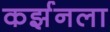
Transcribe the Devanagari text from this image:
कर्झनला